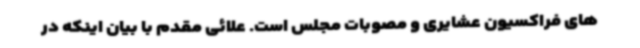
های فراکسیون عشایری و مصوبات مجلس است. علائی مقدم با بیان اینکه در